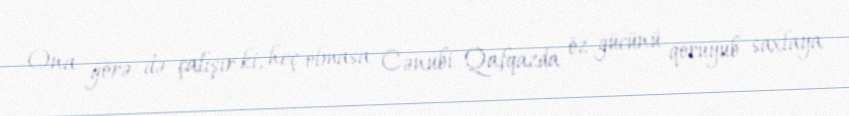
Ona görə də çalışır ki, heç olmasa Cənubi Qafqazda öz gücünü qoruyub saxlaya